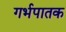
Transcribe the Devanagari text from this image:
गर्भपातक